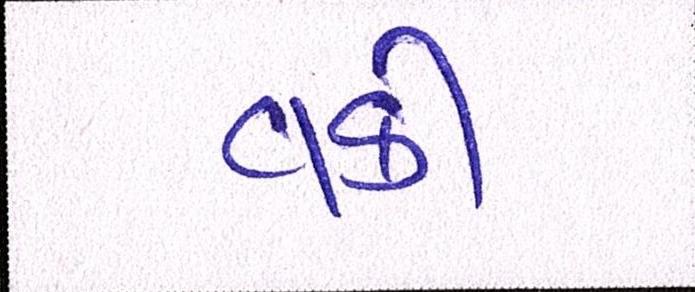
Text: વકી